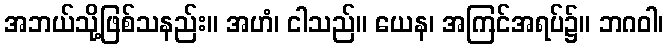
အဘယ်သို့ဖြစ်သနည်း။ အဟံ၊ ငါသည်။ ယေန၊ အကြင်အရပ်၌။ ဘဂဝါ၊